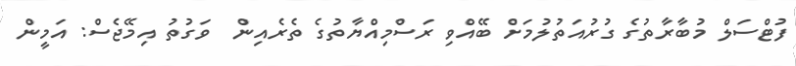
ފުޓްސަލް މުބާރާތުގެ ގުރުއަތުލުމަށް ބޭއްވި ރަސްމިއްޔާތުގެ ތެރެއިން  ވަގުތު އިމޭޖެސް: އަމީން